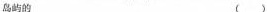
岛屿的 ( )